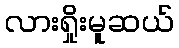
လားရှိုးမူဆယ်